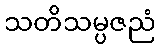
သတိသမ္ပဇညံ